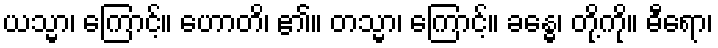
ယသ္မာ၊ ကြောင့်။ ဟောတိ၊ ၏။ တသ္မာ၊ ကြောင့်။ ခန္ဓေ၊ တို့ကို။ ဓီရော၊